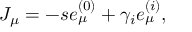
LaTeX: J _ { \mu } = - s e _ { \mu } ^ { ( 0 ) } + \gamma _ { i } e _ { \mu } ^ { ( i ) } ,